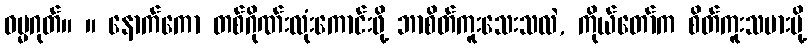
ဓမ္မဂုတ်။ ။ နောက်ကော တစ်ဂိုဏ်းလုံးကောင်းဖို့ ဘာစိတ်ကူးသေးသလဲ, ကိုယ်တော်က စိတ်ကူးသမားမို့